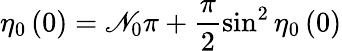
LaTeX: \eta_{0}\left(0\right)=\mathscr{N}_{0}\pi+\frac{{\pi}}{{2}}\sin^{2}\eta_{0}\left(0\right)